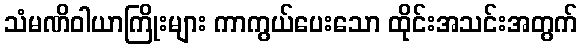
သံမဏိဝါယာကြိုးများ ကာကွယ်ပေးသော ထိုင်းအသင်းအတွက်